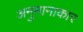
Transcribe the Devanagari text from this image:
अनुमानाकार